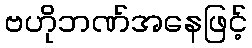
ဗဟိုဘဏ်အနေဖြင့်